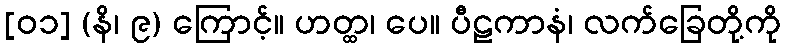
[၀၁] (နိ၊ ၉) ကြောင့်။ ဟတ္ထ၊ ပေ။ ပီဠကာနံ၊ လက်ခြေတို့ကို